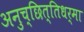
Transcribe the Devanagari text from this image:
अनुच्छित्तिधर्मा